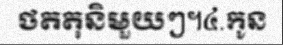
ថតតុនិមួយៗ។៤.កូន